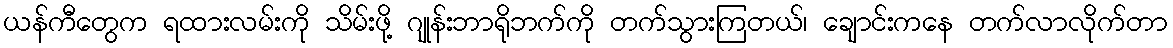
ယန်ကီတွေက ရထားလမ်းကို သိမ်းဖို့ ဂျုန်းဘာရိုဘက်ကို တက်သွားကြတယ်၊ ချောင်းကနေ တက်လာလိုက်တာ